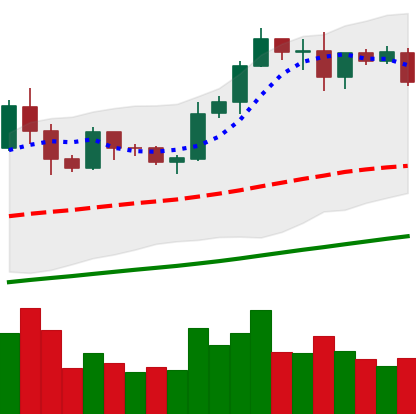
Ticker: LTC-USD
Chart end date: 2019-06-03
Forward return: 10.313%
Label: up_7plus